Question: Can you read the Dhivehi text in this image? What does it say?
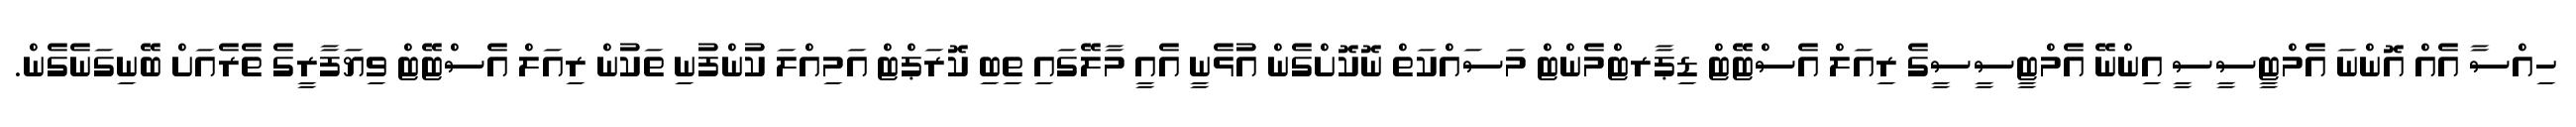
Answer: ހިއްސާ އެއް އޮންނަ އެމްޓީސީސީ އިންނޭ އެމްޓީސީސީގެ ރިއަލް އެސްޓޭޓް ޑިޕާރޓްމެންޓް މަސައްކަތް ނޮކޮށްގެން އުޅެނީ އެއީ މާލޭގައި ތިބި ކޮރަޕްޓް އަމިއްލަ ކުންފުނި ތަކުން ރިއަލް އެސްޓޭޓް ވިޔަފާރީގެ ތެރެއަށް ބޭނިގަނެގެން.